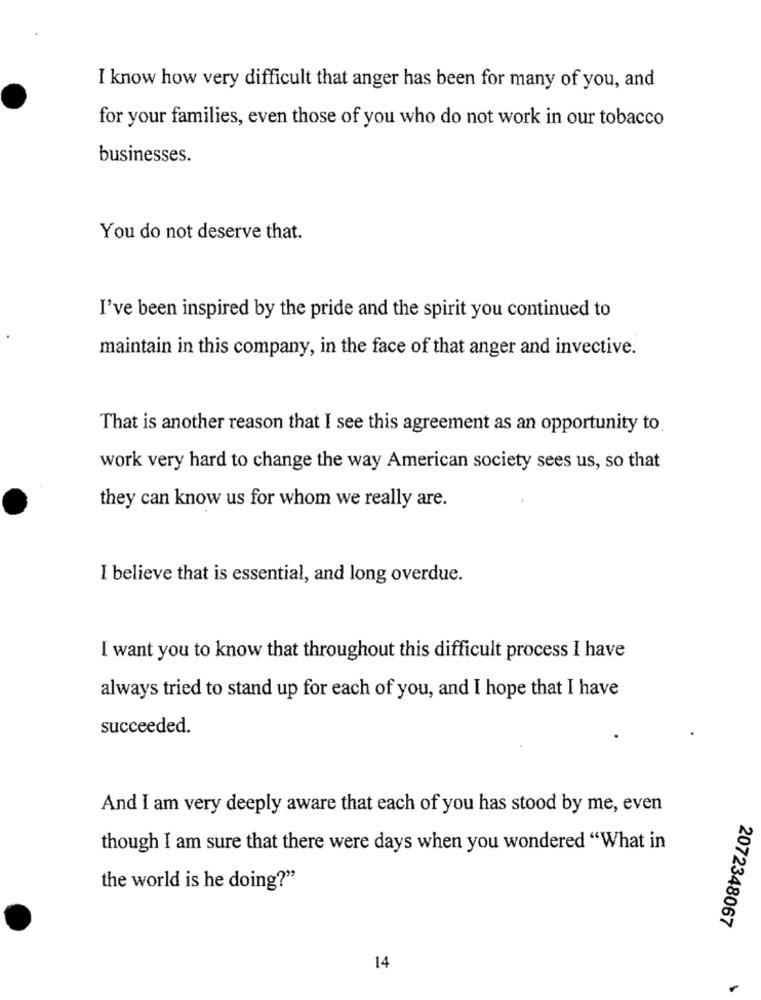
I know how very difficult that anger has been for many of you, and
for your families, even those of you who do not work in our tobacco
businesses.
You do not deserve that.
I've been inspired by the pride and the spirit you continued to
maintain in this company, in the face of that anger and invective.
That is another reason that I see this agreement as an opportunity to
work very hard to change the way American society sees us, so that
they can know us for whom we really are.
I believe that is essential, and long overdue.
I want you to know that throughout this difficult process I have
always tried to stand up for each of you, and I hope that I have
succeeded.
And I am very deeply aware that each of you has stood by me, even
though I am sure that there were days when you wondered "What in
the world is he doing?"
2072348067
14